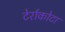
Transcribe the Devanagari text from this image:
टेर्राकोटा